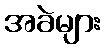
အခဲများ